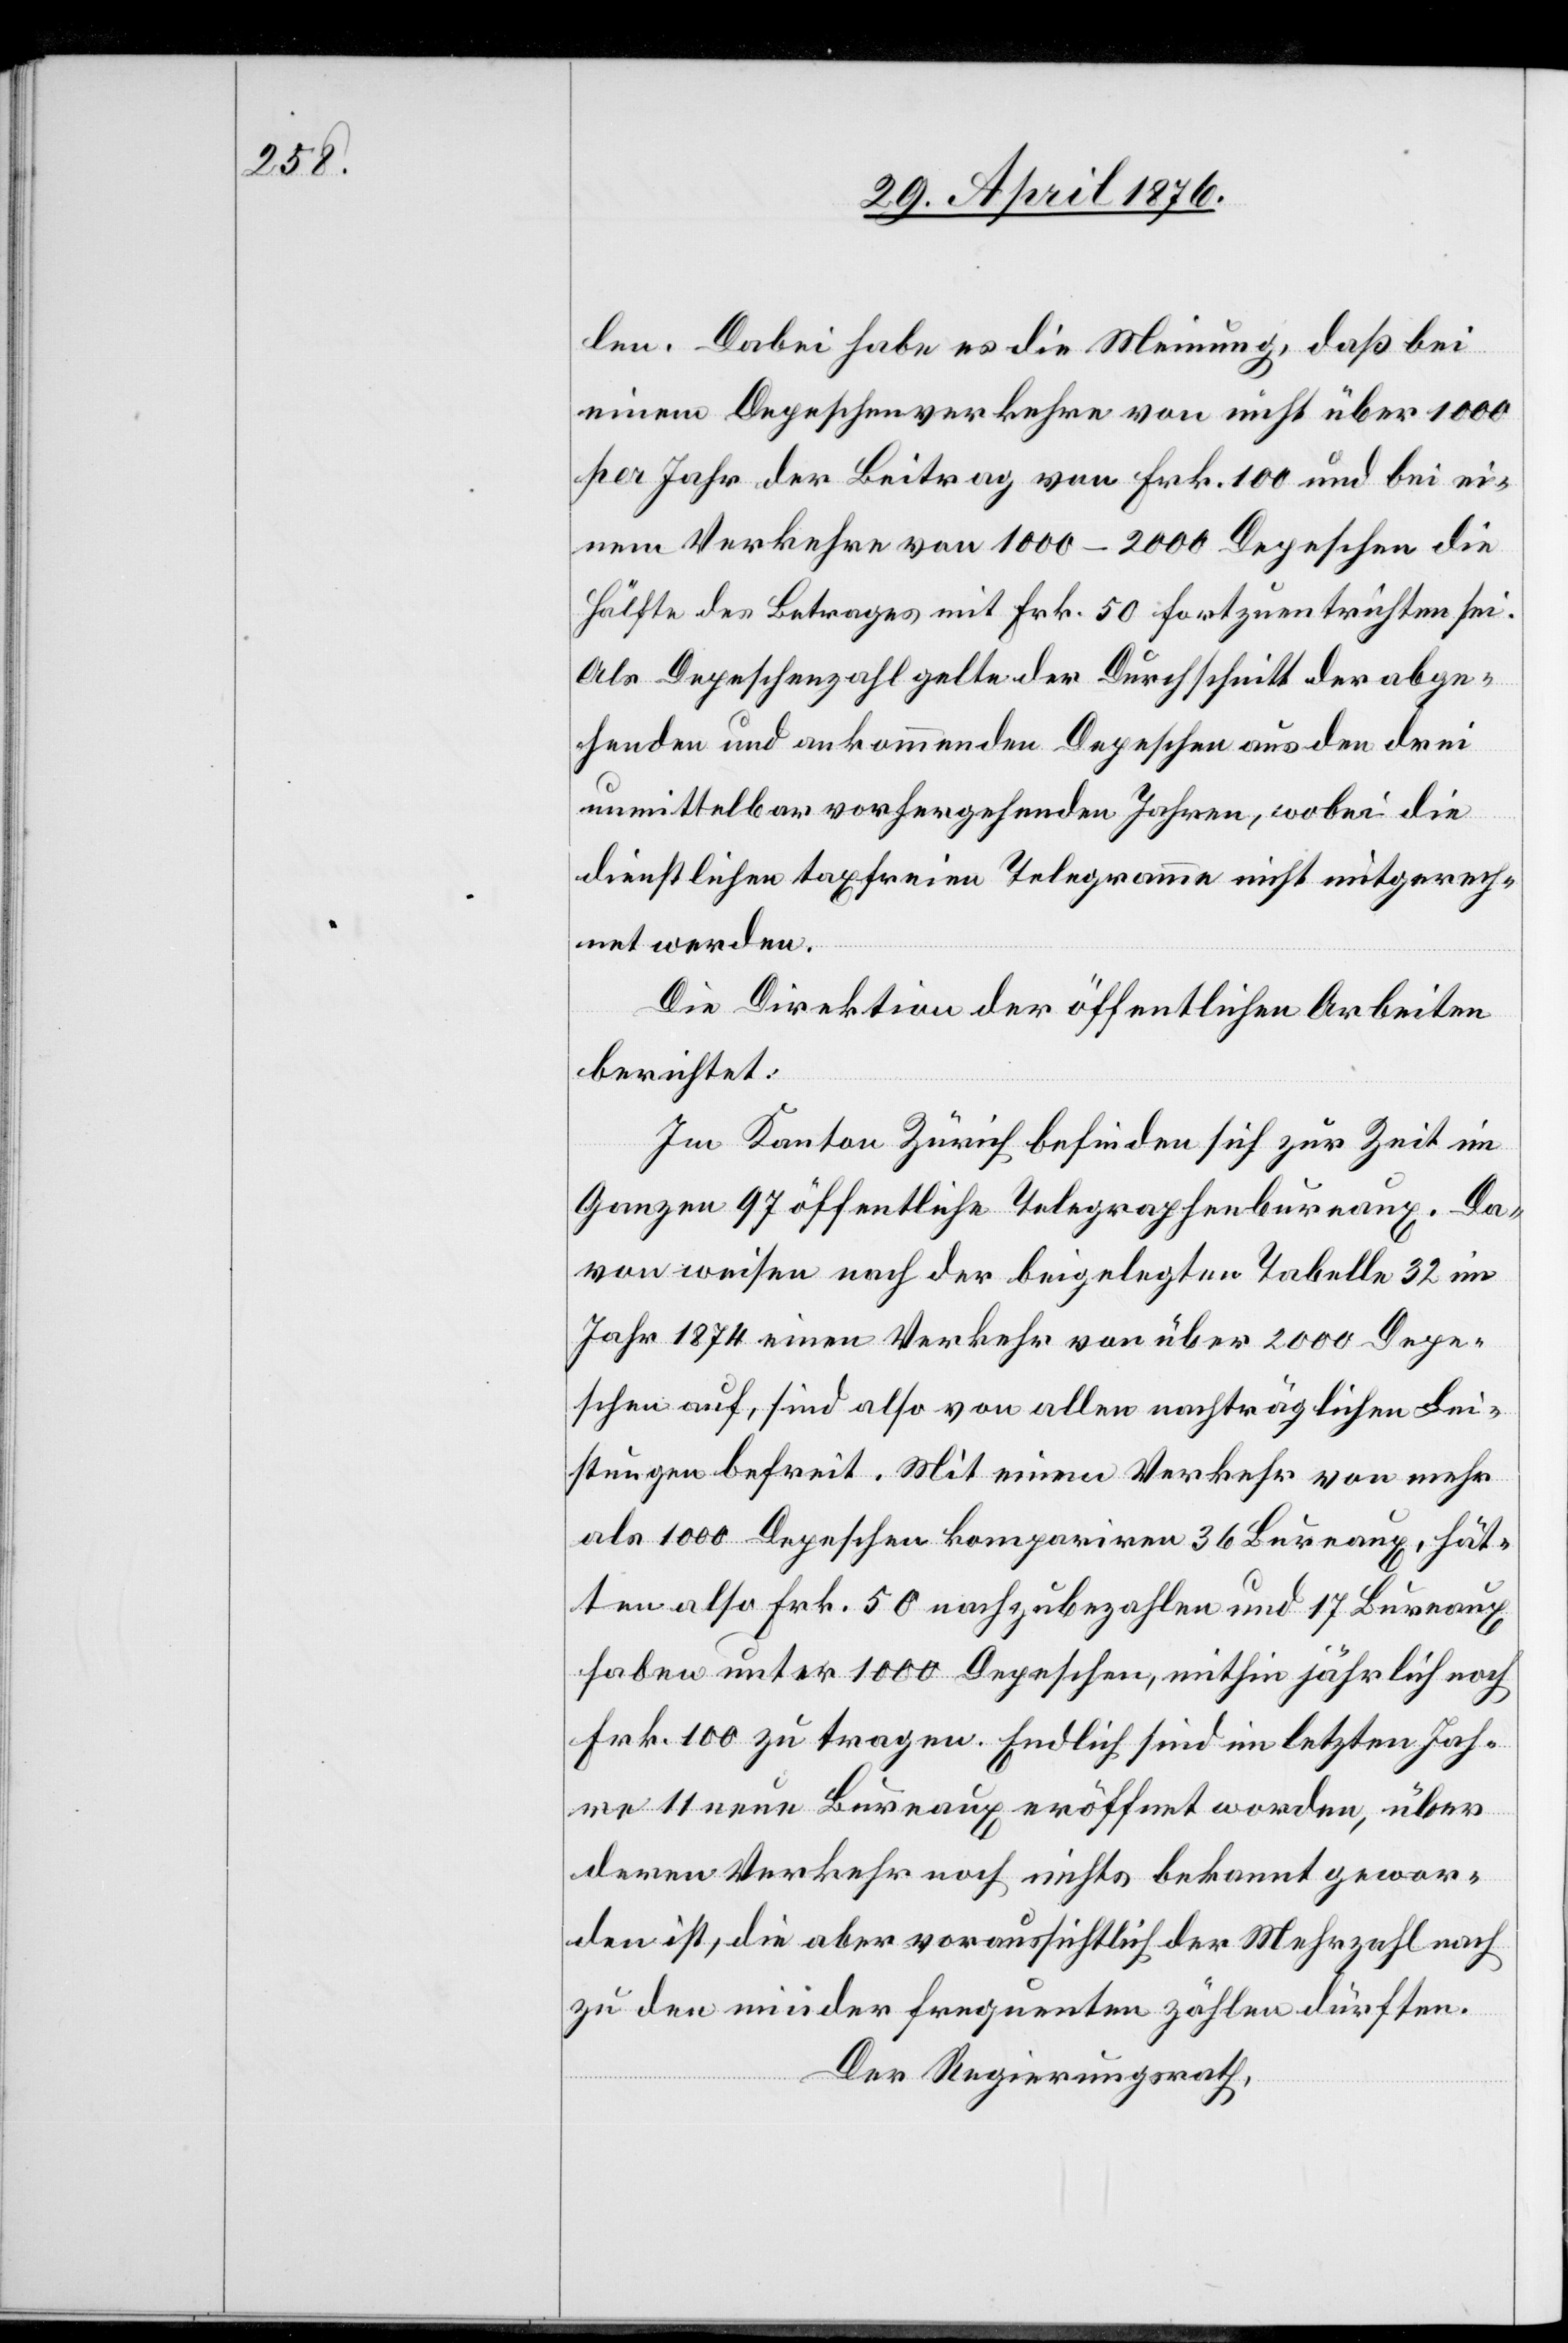
len. Dabei habe es die Meinung, daß bei
einem Depeschenverkehre von nicht über 1000
per Jahr der Beitrag von Frk. 100 und bei ei¬
nem Verkehre von 1000–2000 Depeschen die
Hälfte des Betrages mit Frk. 50 fortzuentrichten sei.
Als Depeschenzahl gelte der Durchschnitt der abge¬
henden und ankommenden Depeschen aus den drei
unmittelbar vorhergehenden Jahren, wobei die
dienstlichen taxfreien Telegramme nicht eingerech¬
net werden.
Die Direktion der öffentlichen Arbeiten
berichtet:
Im Kanton Zürich befinden sich zur Zeit im
Ganzen 97 öffentliche Telegraphenbureaux. Da¬
von weisen nach der beigelegten Tabelle 32 im
Jahr 1874 einen Verkehr von über 2000 Depe¬
schen auf, sind also von allen nachträglichen Lei¬
stungen befreit. Mit einem Verkehr von mehr
als 1000 Depeschen kompariren 36 Bureaux, hät¬
ten also Frk. 50 nachzubezahlen und 17 Bureaux
haben unter 1000 Depeschen, mithin jährlich noch
Frk. 100 zu tragen. Endlich sind im letzten Jah¬
re 11 neue Bureaux eröffnet worden, über
deren Verkehr noch nichts bekannt gewor¬
den ist, die aber voraussichtlich der Mehrzahl nach
zu den nieder frequenten zählen dürften.
Der Regierungsrath,